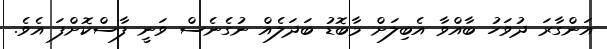
އަންގާރަ ދުވަހު ބާއްވާ އެބިލަށް މާބޮޑު ބަދަލެއް ނުގެނެސް ވަނީ ފާސްކޮށްފަ އެވެ.